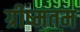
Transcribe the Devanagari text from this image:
ग्रीष्मतम